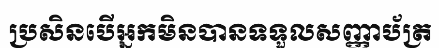
ប្រសិនបើអ្នកមិនបានទទួលសញ្ញាប័ត្រ